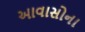
આવાસોના